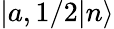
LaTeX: \left|\left.a,1/2\right|n\right\rangle